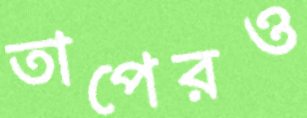
তাপেরও